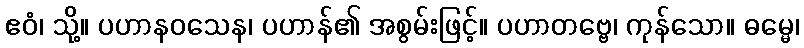
ဧဝံ၊ သို့။ ပဟာနဝသေန၊ ပဟာန်၏ အစွမ်းဖြင့်။ ပဟာတဗ္ဗေ၊ ကုန်သော။ ဓမ္မေ၊